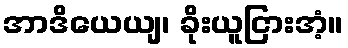
အာဒိယေယျ၊ ခိုးယူငြားအံ့။